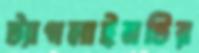
ট্যাগলাইনটির